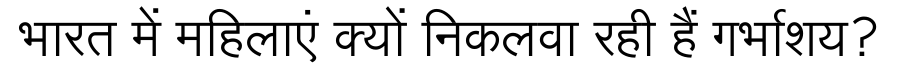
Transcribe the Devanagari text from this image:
भारत में महिलाएं क्यों निकलवा रही हैं गर्भाशय?